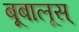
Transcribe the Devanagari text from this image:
बूबालूस्